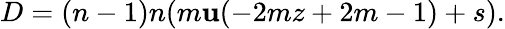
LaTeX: D=(n-1)n(m\mathbf{u}(-2mz+2m-1)+s).